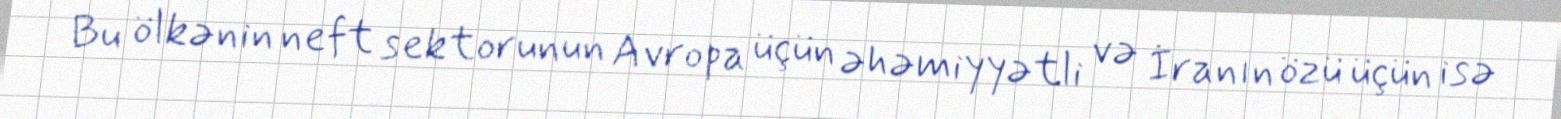
Bu ölkənin neft sektorunun Avropa üçün əhəmiyyətli və İranın özü üçün isə